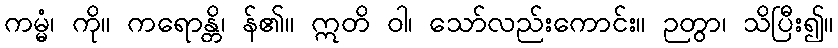
ကမ္မံ၊ ကို။ ကရောန္တိ၊ န်၏။ ဣတိ ဝါ၊ သော်လည်းကောင်း။ ဉတွာ၊ သိပြီး၍။